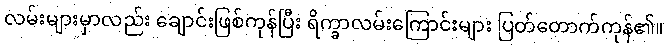
လမ်းများမှာလည်း ချောင်းဖြစ်ကုန်ပြီး ရိက္ခာလမ်းကြောင်းများ ပြတ်တောက်ကုန်၏။